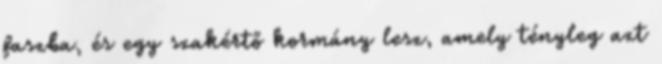
faszba, és egy szakértő kormány lesz, amely tényleg azt